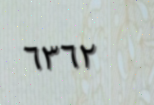
٦٣٦٢